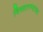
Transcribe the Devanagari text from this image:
विस्तारण्याच्या